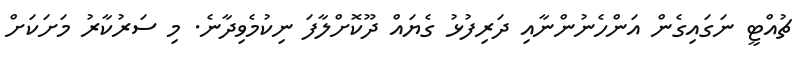
ޗުއްޓީ ނަގައިގެން އަންހެނުންނާއި ދަރިފުޅު ގެޔައް ދޫކޮށްލާފަ ނިކުމެވިދާނެ. މި ސަރުކާރު މަށަކަށް